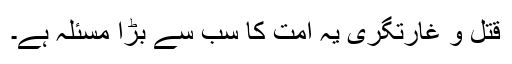
قتل و غارتگری یہ امت کا سب سے بڑا مسئلہ ہے۔